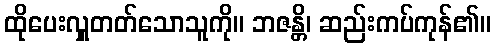
ထိုပေးလှူတတ်သောသူကို။ ဘဇန္တိ၊ ဆည်းကပ်ကုန်၏။